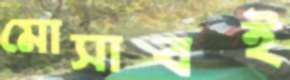
মোসাবই